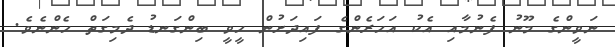
ނަވީންގެ މޫނު ފެނުމާއި އެކު އަހަރެންގެ ފައިދަށުން ހީވީ ބިންގަނޑު ދެމިގަތް ހެންނެވެ.